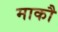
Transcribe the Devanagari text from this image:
माकौ